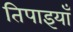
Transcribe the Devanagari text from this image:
तिपाइयाँ